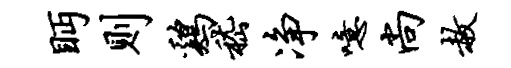
眄则鸡嵇净噫尚赦